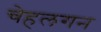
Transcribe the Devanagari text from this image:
चेहलगन